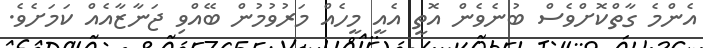
އެންމެ ގާތްކޮށްވެސް ބުނެެވެން އޮތީ އެއީ މީހެއް މަރުވުމުން ބޭއްވި ޖަނާޒާއެއް ކަމަށެވެ.